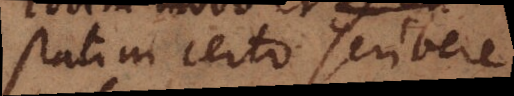
statim certo scribere